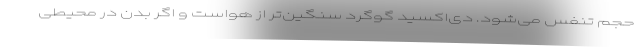
حجم تنفس می‌شود. دی‌اکسید گوگرد سنگین‌تر از هواست و اگر بدن در محیطی